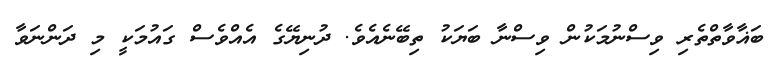
ބަޣާވާތްތެރި ވިސްނުމަކުން ވިސްނާ ބަޔަކު ތިބޭނެއެވެ. ދުނިޔޭގެ އެއްވެސް ގައުމަކީ މި ދަންނަވާ